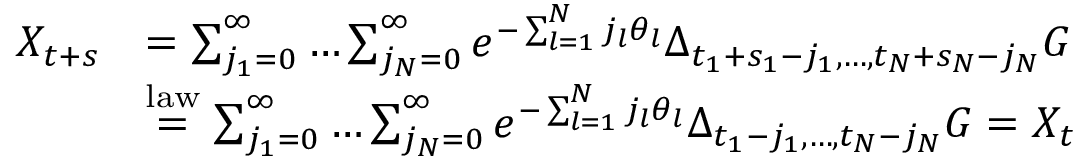
\begin{array} { r l } { X _ { t + s } } & { = \sum _ { j _ { 1 } = 0 } ^ { \infty } \dots \sum _ { j _ { N } = 0 } ^ { \infty } e ^ { - \sum _ { l = 1 } ^ { N } j _ { l } \theta _ { l } } \Delta _ { t _ { 1 } + s _ { 1 } - j _ { 1 } , \dots , t _ { N } + s _ { N } - j _ { N } } G } \\ & { \overset { \mathrm { l a w } } { = } \sum _ { j _ { 1 } = 0 } ^ { \infty } \dots \sum _ { j _ { N } = 0 } ^ { \infty } e ^ { - \sum _ { l = 1 } ^ { N } j _ { l } \theta _ { l } } \Delta _ { t _ { 1 } - j _ { 1 } , \dots , t _ { N } - j _ { N } } G = X _ { t } } \end{array}